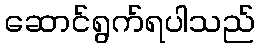
ဆောင်ရွက်ရပါသည်